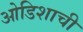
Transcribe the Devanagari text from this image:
ओडिशाची